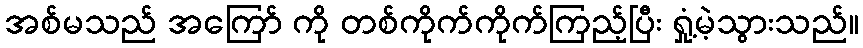
အစ်မသည် အကြော် ကို တစ်ကိုက်ကိုက်ကြည့်ပြီး ရှုံ့မဲ့သွားသည်။